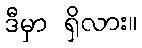
ဒီမှာ ရှိလား။